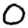
Digit: 0